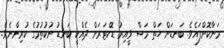
މަނާކޮށްފައެވެ. ބަނޑަށް ހަތް މަސް ވީއިރު ޑޮކްޓަރަށް ދެއްކީ ބަނޑު ނުކުތުމުގެ ކުރިންނެވެ.